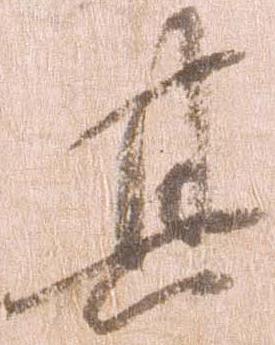
其